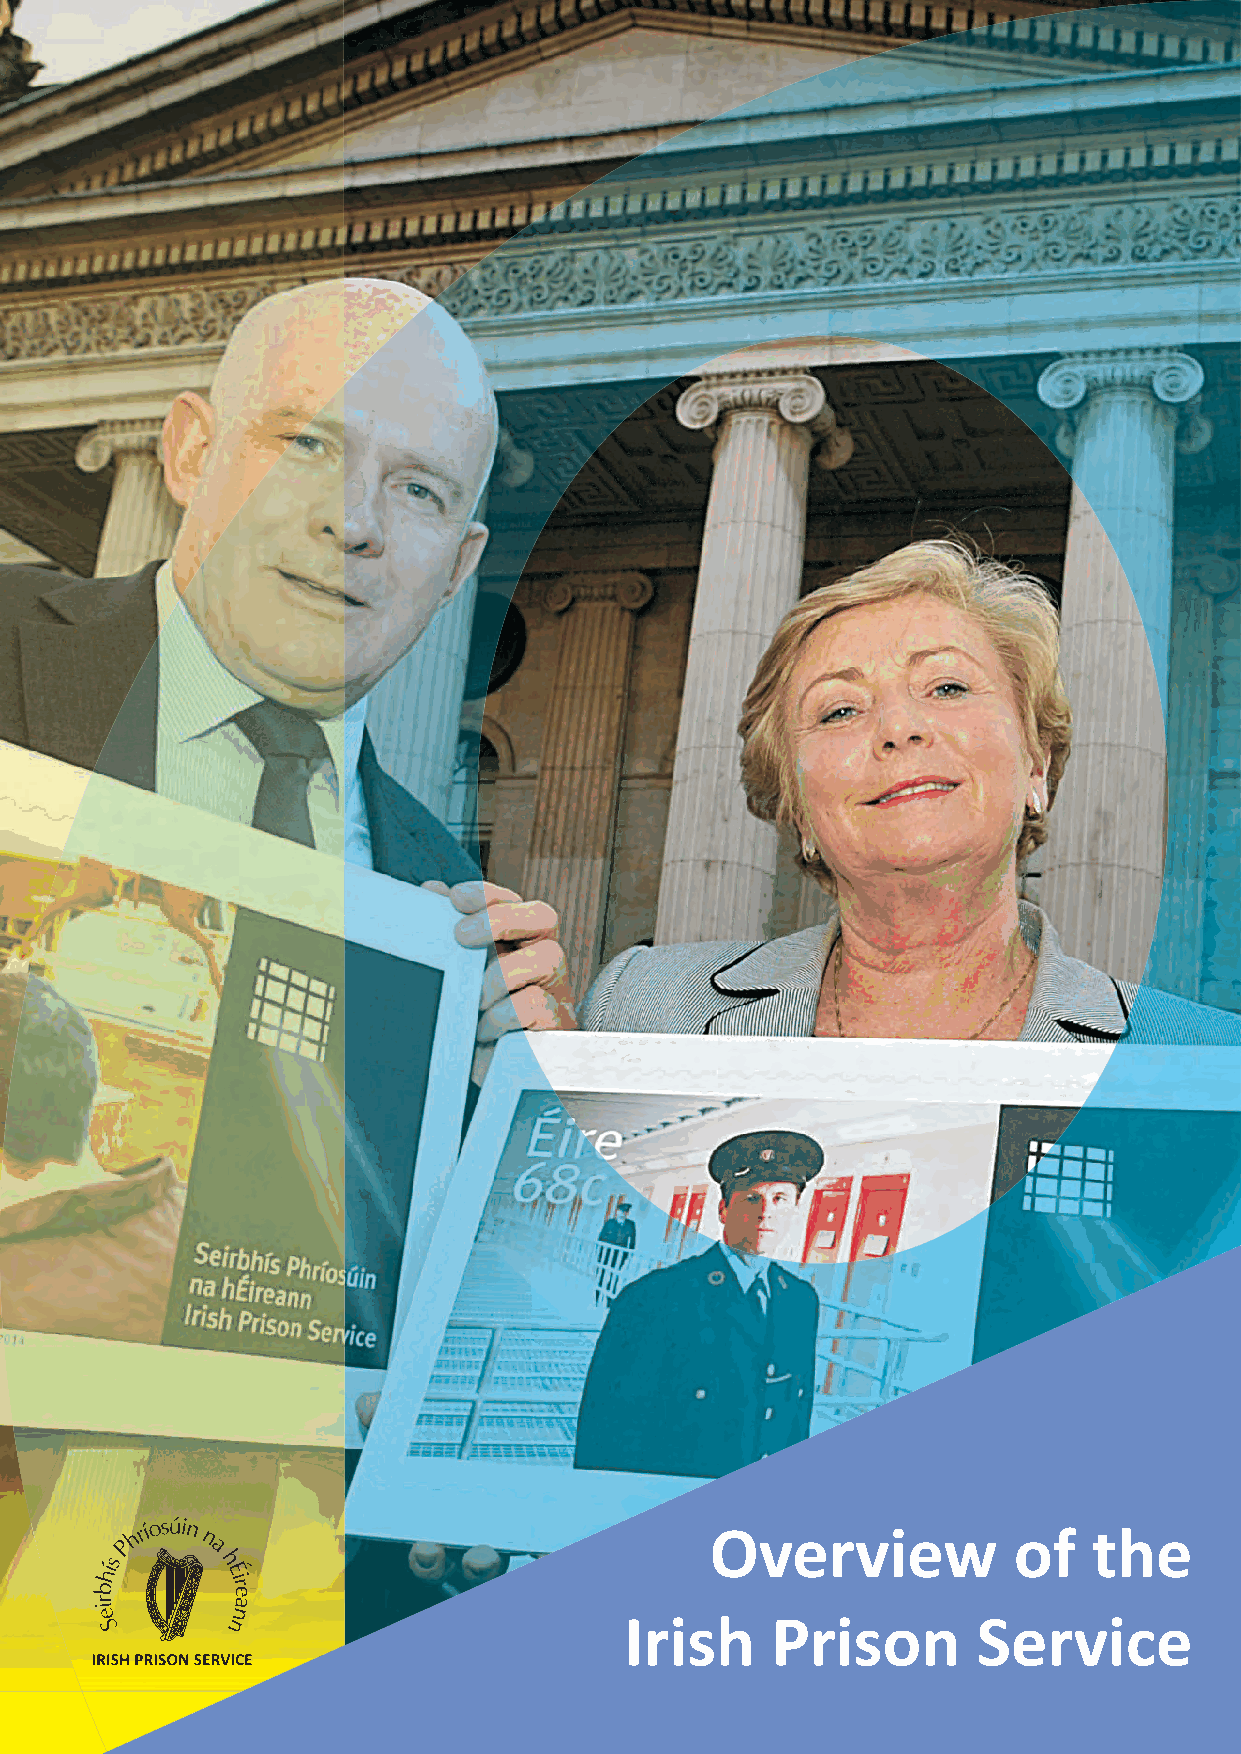
Overview            of   the
 Irish     Prison        Service